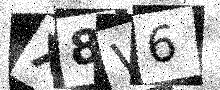
Text: X8V6